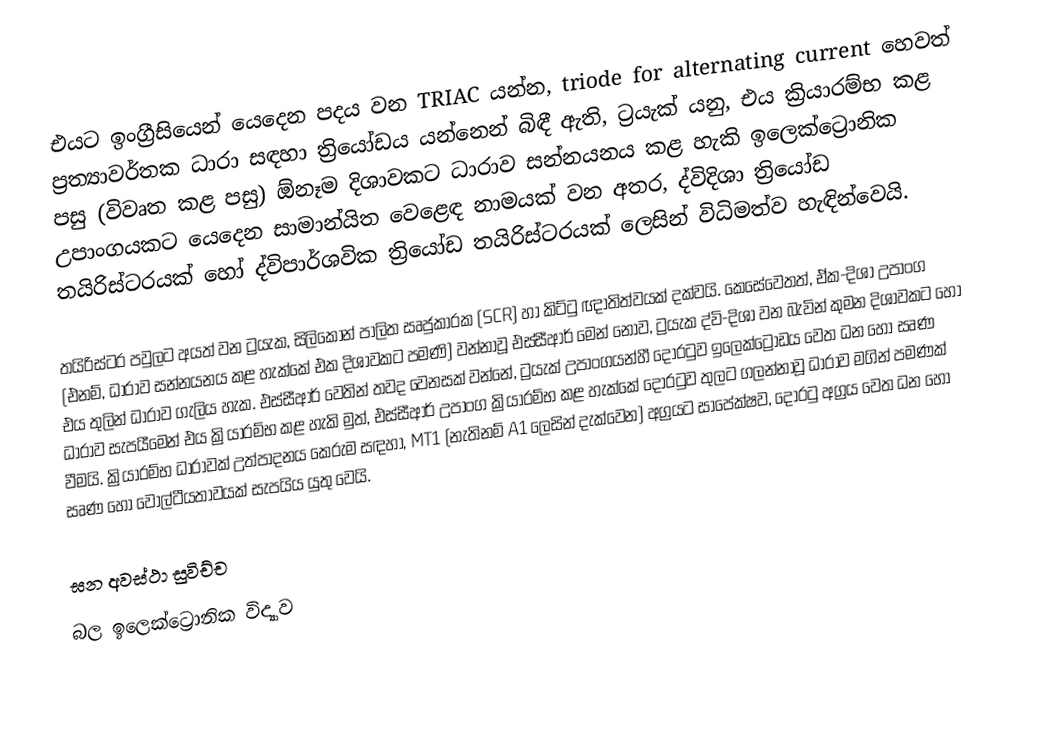
එයට ඉංග්‍රීසියෙන් යෙදෙන පදය වන TRIAC යන්න, triode for alternating current හෙවත් ප්‍රත්‍යාවර්තක ධාරා සඳහා ත්‍රියෝඩය යන්නෙන් බිඳී ඇති,  ට්‍රයැක්  යනු, එය ක්‍රියාරම්භ කළ පසු (විවෘත කළ පසු) ඕනෑම දිශාවකට ධාරාව සන්නයනය කළ හැකි ඉලෙක්ට්‍රොනික උපාංගයකට යෙදෙන සාමාන්යිත වෙළෙඳ නාමයක් වන අතර,   ද්විදිශා ත්‍රියෝඩ තයිරිස්ටරයක් හෝ ද්විපාර්ශවික ත්‍රියෝඩ තයිරිස්ටරයක් ලෙසින් විධිමත්ව හැඳින්වෙයි.

තයිරිස්ටර පවුලට අයත් වන ට්‍රයැක,  සිලිකොන් පාලිත සෘජුකාරක (SCR) හා කිට්ටු ඥාතිත්වයක් දක්වයි. කෙසේවෙතත්, ඒක-දිශා උපාංග  (එනම්, ධාරාව සන්නයනය කළ හැක්කේ එක දිශාවකට පමණි) වන්නාවූ එස්සීආර් මෙන් නොව, ට්‍රයැක ද්වි-දිශා වන බැවින් කුමන දිශාවකට හෝ එය තුලින් ධාරාව ගැලිය හැක. එස්සීආර් වෙතින් තවද වෙනසක් වන්නේ, ට්‍රයැක් උපාංගයන්හී දොරටුව ඉලෙක්ට්‍රෝඩය වෙත ධන හෝ සෘණ ධාරාව සැපයීමෙන් එය ක්‍රියාරම්භ කළ හැකි මුත්, එස්සීආර් උපාංග ක්‍රියාරම්භ කළ හැක්කේ දොරටුව තුලට ගලන්නාවූ ධාරාව මගින් පමණක් වීමයි. ක්‍රියාරම්භ ධාරාවක් උත්පාදනය කෙරුම සඳහා, MT1 (නැතිනම් A1 ලෙසින් දැක්වෙන) අග්‍රයට සාපේක්ෂව, දොරටු අග්‍රය වෙත ධන හෝ සෘණ හෝ වෝල්ටීයතාවයක් සැපයිය යුතු වෙයි.

ඝන අවස්ථා සුවිච්ච
බල ඉලෙක්ට්‍රොනික විද්‍යාව